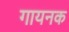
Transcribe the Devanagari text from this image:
गायनक